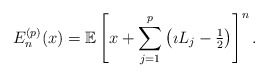
\begin{align*}E_{n}^{(p)}(x) = \mathbb{E} \left[ x + \sum_{j=1}^{p} \left( \imath L_{j} - \tfrac{1}{2} \right) \right]^{n}.\end{align*}